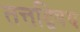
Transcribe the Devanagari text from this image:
तत्तद्विषय